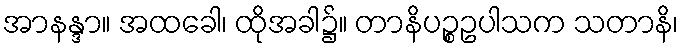
အာနန္ဒာ။ အထခေါ၊ ထိုအခါ၌။ တာနိပဉ္စဥပါသက သတာနိ၊